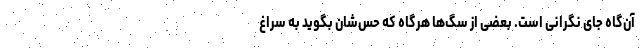
آن‌گاه جای نگرانی است. بعضی از سگ‌ها هرگاه که حس‌شان بگوید به سراغ